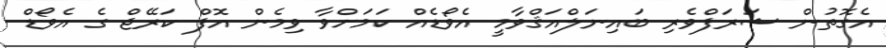
އެގޮތުން ޝަރަފްވެރި ބައިނަލްއަޤްވާމީ އެވޯޑެއް ކަމަށްވާ ވިމެން އޮފް ކަރޭޖް ގެ އެވޯޑް